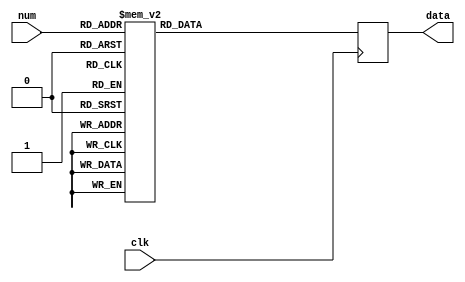
`timescale 1ns / 1ps
//////////////////////////////////////////////////////////////////////////////////
// Company: 
// Engineer: 
// 
// Design Name: 
// Module Name:    itoa 
// Project Name: 
// Target Devices: 
// Tool versions: 
// Description: 
//
// Dependencies: 
//
// Revision: 
// Revision 0.01 - File Created
// Additional Comments: 
//
//////////////////////////////////////////////////////////////////////////////////
module itoa( input wire clk, input wire [3:0] num, output wire [7:0] data);

reg [7:0] r_data;

always @(posedge clk)
begin
    case (num)
        4'b0000:r_data[7:0] <= "0";
        4'b0001:r_data[7:0] <= "1";
        4'b0010:r_data[7:0] <= "2";
        4'b0011:r_data[7:0] <= "3";
        4'b0100:r_data[7:0] <= "4";
        4'b0101:r_data[7:0] <= "5";
        4'b0110:r_data[7:0] <= "6";
        4'b0111:r_data[7:0] <= "7";
        4'b1000:r_data[7:0] <= "8";
        4'b1001:r_data[7:0] <= "9";
        4'b1010:r_data[7:0] <= "A";
        4'b1011:r_data[7:0] <= "B";
        4'b1100:r_data[7:0] <= "C";
        4'b1101:r_data[7:0] <= "D";
        4'b1110:r_data[7:0] <= "E";
        4'b1111:r_data[7:0] <= "F";
        default:r_data[7:0] <= "0";
    endcase
end

assign data = r_data;

endmodule